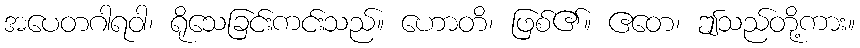
အပေတဂါရဝါ၊ ရိုသေခြင်းကင်းသည်။ ဟောတိ၊ ဖြစ်၏။ ဧတေ၊ ဤသည်တို့ကား။